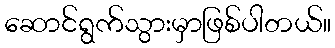
ဆောင်ရွက်သွားမှာဖြစ်ပါတယ်။